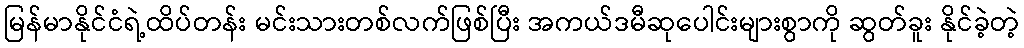
မြန်မာနိုင်ငံရဲ့ထိပ်တန်း မင်းသားတစ်လက်ဖြစ်ပြီး အကယ်ဒမီဆုပေါင်းများစွာကို ဆွတ်ခူး နိုင်ခဲ့တဲ့